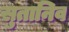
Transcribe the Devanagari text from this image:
सुतानिव